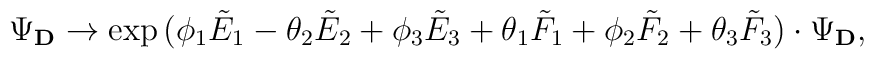
\Psi_{\bf D} \rightarrow \exp{(\phi_1 {\tilde E}_1 - \theta_2 {\tilde E}_2 + \phi_3 {\tilde E}_3 + \theta_1 {\tilde F}_1 + \phi_2 {\tilde F}_2 + \theta_3 {\tilde F}_3)} \cdot  \Psi_{\bf D},